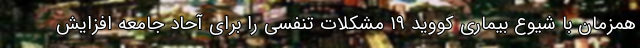
همزمان با شیوع بیماری کووید ۱۹ مشکلات تنفسی را برای آحاد جامعه افزایش